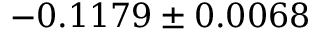
- 0 . 1 1 7 9 \pm 0 . 0 0 6 8